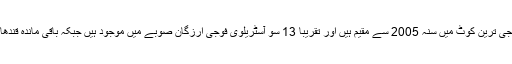
واضح رہے کہ آسٹریلوی فوجی ترین کوٹ میں سنہ 2005 سے مقیم ہیں اور تقریبا 13 سو آسٹریلوی فوجی ارزگان صوبے میں موجود ہیں جبکہ باقی ماندہ قندھار اور کابل صوبوں میں ہیں۔